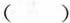
( )